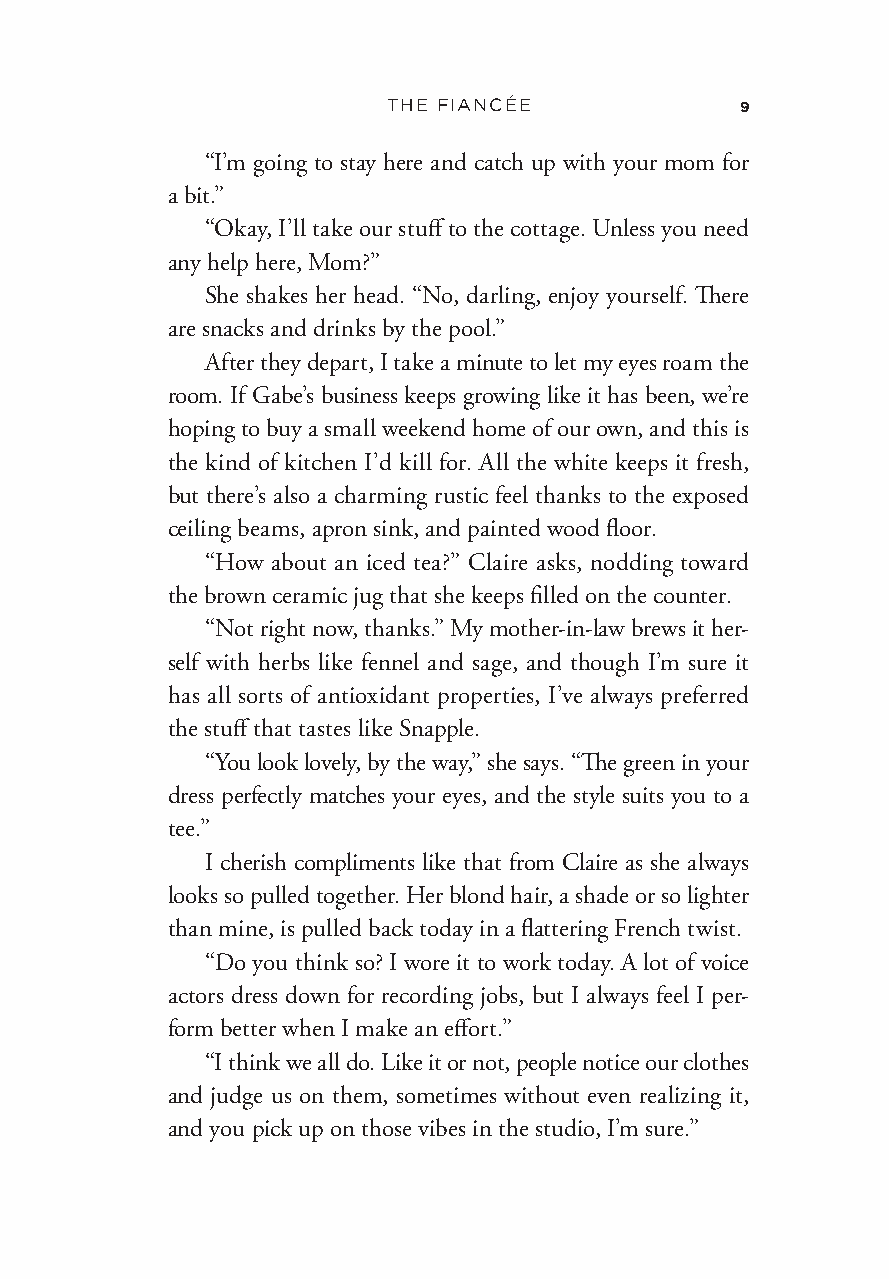
THE FIANCÉE            9
 “I’m going to stay here and catch up with your mom for
 a bit.”
 “Okay, I’ll take our stuff to the cottage. Unless you need
 any help here, Mom?”
 She shakes her head. “No, darling, enjoy yourself. There
 are snacks and drinks by the pool.”
 After they depart, I take a minute to let my eyes roam the
 room. If Gabe’s business keeps growing like it has been, we’re
 hoping to buy a small weekend home of our own, and this is
 the kind of kitchen I’d kill for. All the white keeps it fresh,
 but there’s also a charming rustic feel thanks to the exposed
 ceiling beams, apron sink, and painted wood floor.
 “How about an iced tea?” Claire asks, nodding toward
 the brown ceramic jug that she keeps filled on the counter.
 “Not right now, thanks.” My mother- in- law brews it her-
 self with herbs like fennel and sage, and though I’m sure it
 has all sorts of antioxidant properties, I’ve always preferred
 the stuff that tastes like Snapple.
 “You look lovely, by the way,” she says. “The green in your
 dress perfectly matches your eyes, and the style suits you to a
 tee.”
 I cherish compliments like that from Claire as she always
 looks so pulled together. Her blond hair, a shade or so lighter
 than mine, is pulled back today in a flattering French twist.
 “Do you think so? I wore it to work today. A lot of voice
 actors dress down for recording jobs, but I always feel I per-
 form better when I make an effort.”
 “I think we all do. Like it or not, people notice our clothes
 and judge us on them, sometimes without even realizing it,
 and you pick up on those vibes in the studio, I’m sure.”
 Fiancee_9780062945419_Final_EB0326_cc19.indd 9 3/26/21 3:18 PM